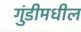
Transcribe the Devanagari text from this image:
गुंडीमधील